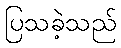
ပြသခဲ့သည်